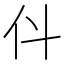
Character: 𠆱